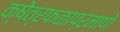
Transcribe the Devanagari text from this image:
क्षेत्रफळाप्रमाणे